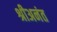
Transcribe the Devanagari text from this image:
श्रीअनंत